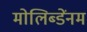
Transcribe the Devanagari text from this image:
मोलिब्डेंनम